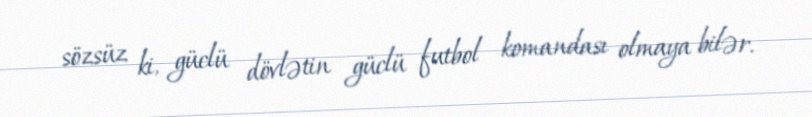
sözsüz ki, güclü dövlətin güclü futbol komandası olmaya bilər.